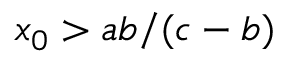
x _ { 0 } > a b / ( c - b )